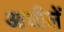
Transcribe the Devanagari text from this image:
आधीलें